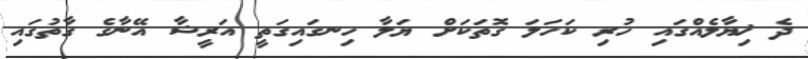
ދެ ޚިޔާލެއްގައި ހުރި ކަހަލަ ގޮތަކަށް ޔަލާ ހިނގައިގަތީ އަރީޝާ އޭނާގެ ގާތުގައި